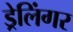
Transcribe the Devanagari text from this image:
ड्रेलिंगर